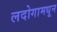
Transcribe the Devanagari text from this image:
लदोगामधून